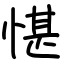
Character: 愖